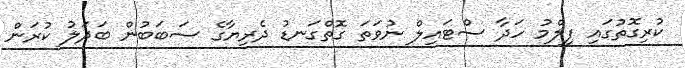
ކުރިގޮތުގައި ފިލްމު ހަދާ ސްޓައިލް ނުވަތަ ގޮތްގަނޑު ދެރިޔާގެ ސަބަބުން ބަދަލު ކުރަން